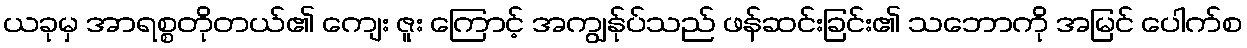
ယခုမှ အာရစ္စတိုတယ်၏ ကျေး ဇူး ကြောင့် အကျွန်ုပ်သည် ဖန်ဆင်းခြင်း၏ သဘောကို အမြင် ပေါက်စ